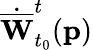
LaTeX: \dot{\overline{{\mathbf{W}}}}_{t_{0}}^{t}(\mathbf{p})